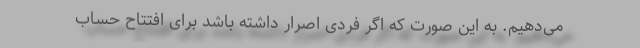
می‌دهیم. به این صورت که اگر فردی اصرار داشته باشد برای افتتاح حساب